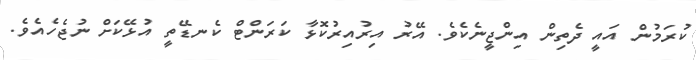
ކުރަމުން އައީ ދެތިން އިންޖީނެކެވެ. އޭރު އިރުއިރުކޮޅާ ކަރަންޓް ކެނޑޭތީ އުޅޭކަށް ނުޖެހެއެވެ.